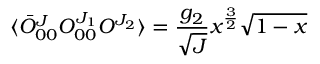
\langle \bar { O } _ { 0 0 } ^ { J } O _ { 0 0 } ^ { J _ { 1 } } O ^ { J _ { 2 } } \rangle = \frac { g _ { 2 } } { \sqrt { J } } x ^ { \frac { 3 } { 2 } } \sqrt { 1 - x }